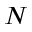
N